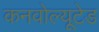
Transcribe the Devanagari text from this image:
कनवोल्यूटेड